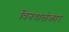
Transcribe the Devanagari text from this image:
विनयालंकार